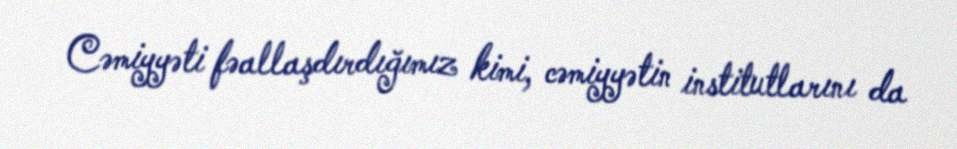
Cəmiyyəti fəallaşdırdığımız kimi, cəmiyyətin institutlarını da